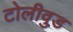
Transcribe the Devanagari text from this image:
टोलीवुड